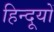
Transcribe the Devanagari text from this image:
हिन्दूयों